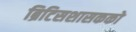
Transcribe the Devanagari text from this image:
ब्रिटिसशासकको